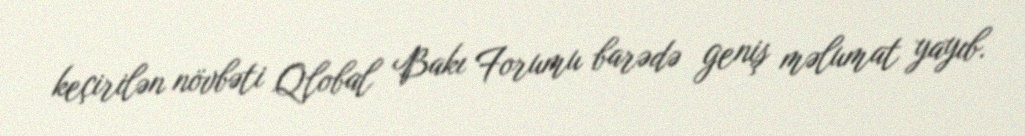
keçirilən növbəti Qlobal Bakı Forumu barədə geniş məlumat yayıb.